Annual administration report of the Civil Veterinary Department, Sind - 1939-1940
Year: 1939
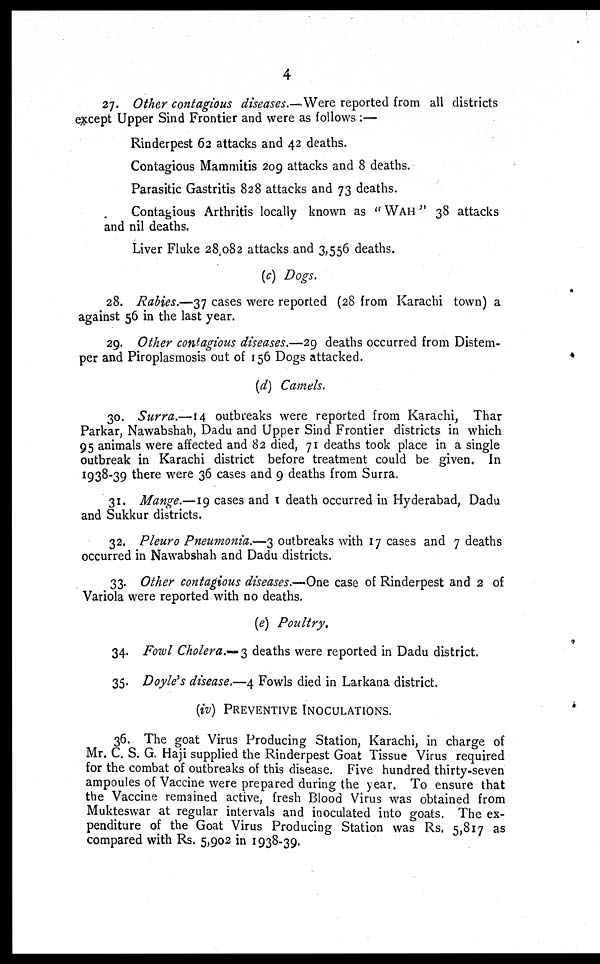
4
27. Other contagious diseases.-—Were reported from all districts
except Upper Sind Frontier and were as follows :—
Rinderpest 62 attacks and 42 deaths.
Contagious Mammitis 209 attacks and 8 deaths.
Parasitic Gastritis 828 attacks and 73 deaths.
Contagious Arthritis locally known as "WAH" 38 attacks
and nil deaths.
Liver Fluke 28,082 attacks and 3,556 deaths.
(c) Dogs.
28. Rabies.—37 cases were reported (28 from Karachi town) a
against 56 in the last year.
29. Other contagious diseases.—29 deaths occurred from Distem-
per and Piroplasmosis out of 156 Dogs attacked.
(d) Camels.
30. Surra.—14 outbreaks were reported from Karachi, Thar
Parkar, Nawabshah, Dadu and Upper Sind Frontier districts in which
95 animals were affected and 82 died, 71 deaths took place in a single
outbreak in Karachi district before treatment could be given. In
1938-39 there were 36 cases and 9 deaths from Surra.
31. Mange.—19 cases and 1 death occurred in Hyderabad, Dadu
and Sukkur districts.
32. Pleuro Pneumonia.—3 outbreaks with 17 cases and 7 deaths
occurred in Nawabshah and Dadu districts.
33. Other contagious diseases.—One case of Rinderpest and 2 of
Variola were reported with no deaths.
(e) Poultry.
34. Fowl Cholera.— 3 deaths were reported in Dadu district.
35. Doyle's disease.—4 Fowls died in Larkana district.
(iv) PREVENTIVE INOCULATIONS.
36. The goat Virus Producing Station, Karachi, in charge of
Mr. C. S. G. Haji supplied the Rinderpest Goat Tissue Virus required
for the combat of outbreaks of this disease. Five hundred thirty-seven
ampoules of Vaccine were prepared during the year. To ensure that
the Vaccine remained active, fresh Blood Virus was obtained from
Mukteswar at regular intervals and inoculated into goats. The ex-
penditure of the Goat Virus Producing Station was Rs. 5,817 as
compared with Rs. 5,902 in 1938-39.